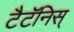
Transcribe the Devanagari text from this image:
टैटॅनिस्